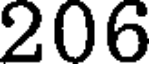
206